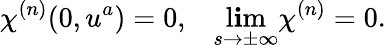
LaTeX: \chi^{(n)}(0,u^{a})=0,\; \; \; \operatorname*{l\mathbf{i}m}_{s\rightarrow\pm\infty}\chi^{(n)}=0.